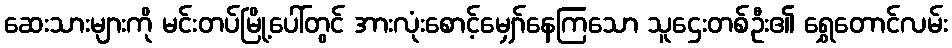
ဆေးသားများကို မင်းတပ်မြို့ပေါ်တွင် အားလုံးစောင့်မျှော်နေကြသော သူဌေးတစ်ဦး၏ ရွှေတောင်လမ်း